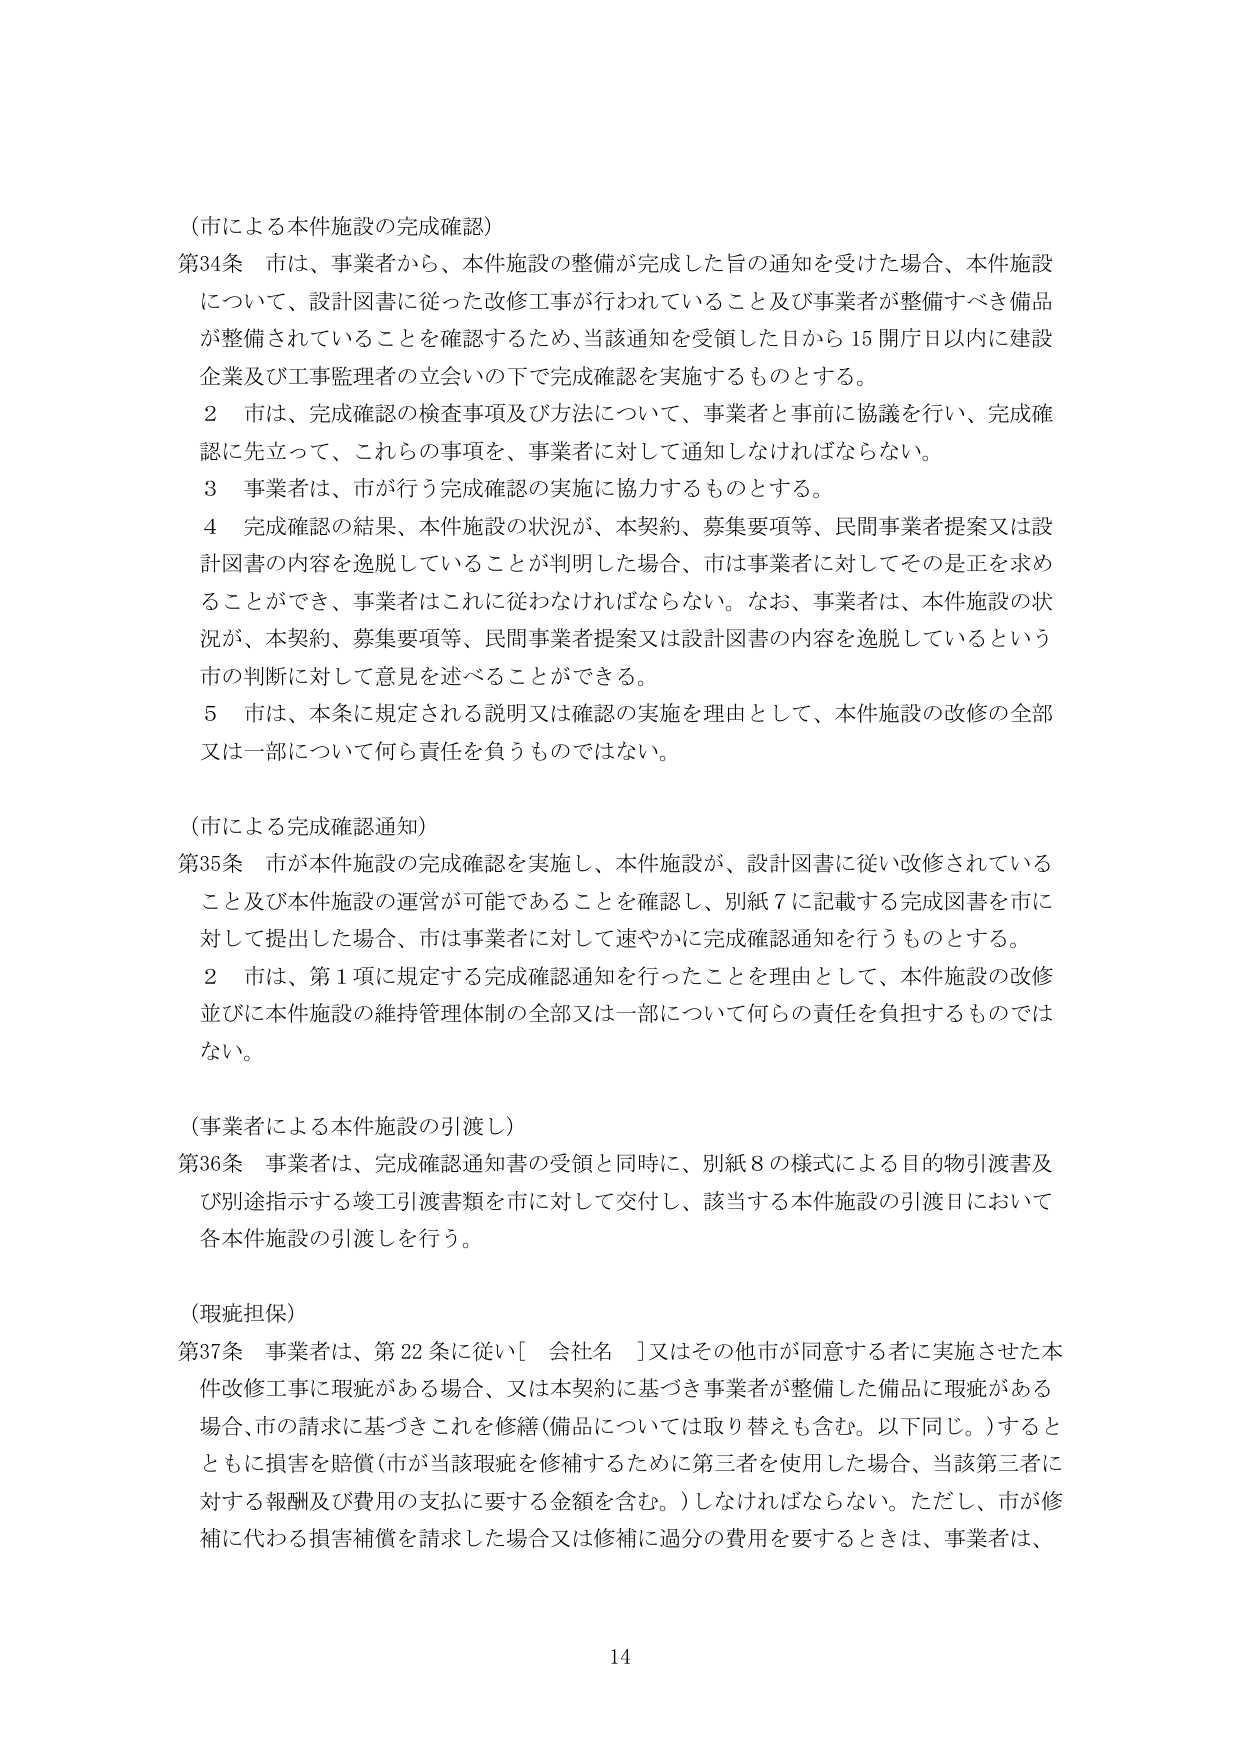
（市による本件施設の完成確認）

第34条 市は、事業者から、本件施設の整備が完成した旨の通知を受けた場合、本件施設について、設計図書に従った改修工事が行われていること及び事業者が整備すべき備品が整備されていることを確認するため、当該通知を受領した日から15開庁日以内に建設企業及び工事監理者の立会いの下で完成確認を実施するものとする。

２ 市は、完成確認の検査事項及び方法について、事業者と事前に協議を行い、完成確認に先立って、これらの事項を、事業者に対して通知しなければならない。

３ 事業者は、市が行う完成確認の実施に協力するものとする。

４ 完成確認の結果、本件施設の状況が、本契約、募集要項等、民間事業者提案又は設計図書の内容を逸脱していることが判明した場合、市は事業者に対してその是正を求めることができ、事業者はこれに従わなければならない。なお、事業者は、本件施設の状況が、本契約、募集要項等、民間事業者提案又は設計図書の内容を逸脱しているという市の判断に対して意見を述べることができる。

５ 市は、本条に規定される説明又は確認の実施を理由として、本件施設の改修の全部又は一部について何ら責任を負うものではない。

（市による完成確認通知）

第35条 市が本件施設の完成確認を実施し、本件施設が、設計図書に従い改修されていること及び本件施設の運営が可能であることを確認し、別紙7に記載する完成図書を市に対して提出した場合、市は事業者に対して速やかに完成確認通知を行うものとする。

２ 市は、第1項に規定する完成確認通知を行ったことを理由として、本件施設の改修並びに本件施設の維持管理体制の全部又は一部について何らの責任を負担するものではない。

（事業者による本件施設の引渡し）

第36条 事業者は、完成確認通知書の受領と同時に、別紙8の様式による目的物引渡書及び別途指示する竣工引渡書類を市に対して交付し、該当する本件施設の引渡日において各本件施設の引渡しを行う。

（瑕疵担保）

第37条 事業者は、第22条に従い［会社名］又はその他市が同意する者に実施させた本件改修工事に瑕疵がある場合、又は本契約に基づき事業者が整備した備品に瑕疵がある場合、市の請求に基づきこれを修繕（備品については取り替えも含む。以下同じ。）するとともに損害を賠償（市が当該瑕疵を修補するために第三者を使用した場合、当該第三者に対する報酬及び費用の支払いを要する金額を含む。）しなければならない。ただし、市が修補に代わる損害補償を請求した場合又は修補に過分の費用を要するときは、事業者は、